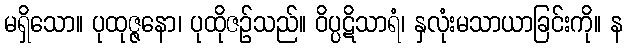
မရှိသော။ ပုထုဇ္ဇနော၊ ပုထိုဇဉ်သည်။ ဝိပ္ပဋိသာရံ၊ နှလုံးမသာယာခြင်းကို။ န